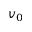
v _ { 0 }